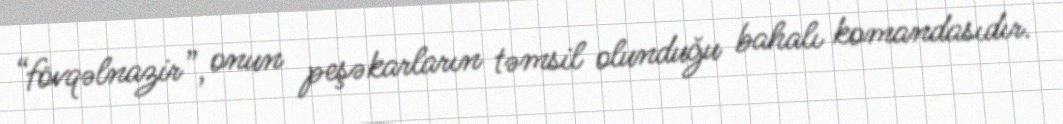
“fövqəlnazir”, onun peşəkarların təmsil olunduğu bahalı komandasıdır.